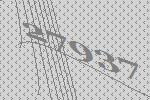
27937